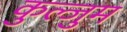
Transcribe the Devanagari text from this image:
कुल्जुम